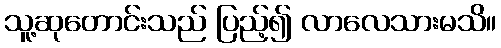
သူ့ဆုတောင်းသည် ပြည့်၍ လာလေသားမသိ။